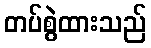
တပ်စွဲထားသည်